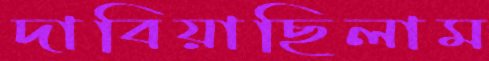
দাবিয়াছিলাম